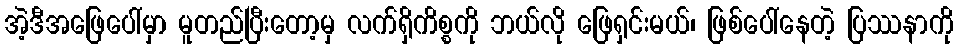
အဲ့ဒီအဖြေပေါ်မှာ မူတည်ပြီးတော့မှ လက်ရှိကိစ္စကို ဘယ်လို ဖြေရှင်းမယ်၊ ဖြစ်ပေါ်နေတဲ့ ပြဿနာကို